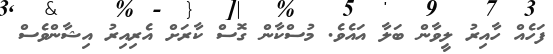
ފަހެއް ހާއިރު ލީވާން ބަލާ އައެވެ. މުސްކާން ގޮސް ކާރަށް އެރިއިރު އިޝާންވެސް